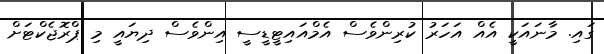
ގައި. މާނައަކީ އެއް އަހަރު ކުރިންވެސް އެމްއައިޓީޑީސީ އިންވެސް ދިޔައީ މި ޕްރޮޖެކްޓަށް